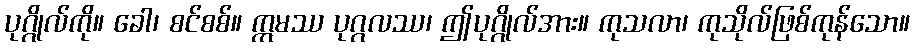
ပုဂ္ဂိုလ်ကို။ ခေါ၊ စင်စစ်။ ဣမဿ ပုဂ္ဂလဿ၊ ဤပုဂ္ဂိုလ်အား။ ကုသလာ၊ ကုသိုလ်ဖြစ်ကုန်သော။